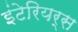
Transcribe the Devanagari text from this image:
इंटेरियर्स